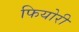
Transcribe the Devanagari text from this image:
फियोरी